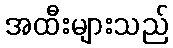
အထီးများသည်